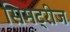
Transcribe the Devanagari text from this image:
सिमट्रीज